Indian Civil Veterinary Department memoirs
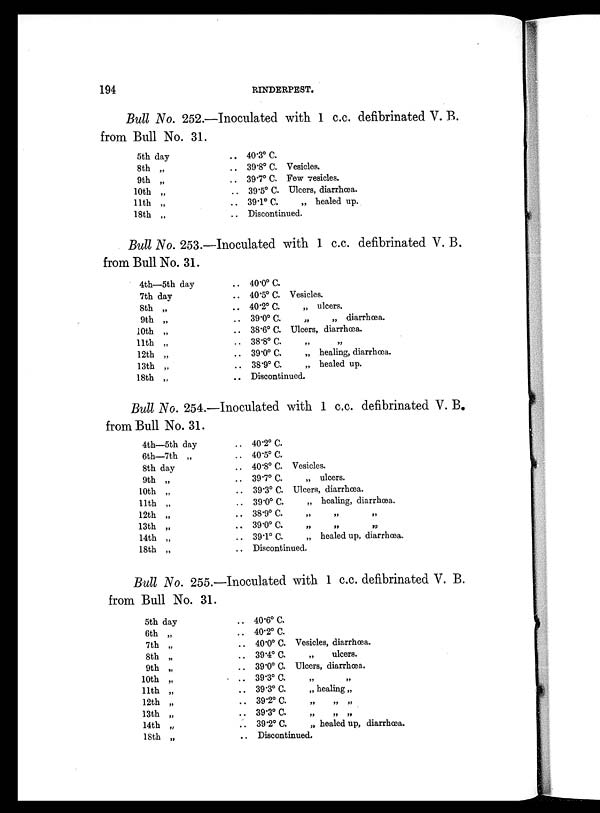
194
RINDERPEST.
Bull No. 252.—Inoculated with 1 c.c. defibrinated V. B.
from Bull No. 31.
5th day
8th „
9th „
10th „
11th „
18th „
.. 40.3º C.
.. 39.8º C. Vesicles.
.. 39.7º C Few vesicles.
.. 39.5º C. Ulcers, diarrhœa.
.. 39.1º C.
„ healed up.
.. Discontinued.
Bull No. 253.—Inoculated with 1 c.c. defibrinated V. B.
from Bull No. 31.
4th—5th day
7th day
8th „
9th „
10th „
11th „
12th „
13th „
18th „
.. 40.0º C.
.. 40.5º C Vesicles.
.. 40.2º C.
„ ulcers.
.. 39.0º
C.
„
„ diarrhœa.
.. 38.6º C. Ulcers, diarrhœa.
.. 38.8º C. „ „
.. 39.0º C.
„ healing, diarrhœa.
.. 38.9º C.
„ healed up.
.. Discontinued.
Bull No. 254.—Inoculated with 1 c.c. defibrinated V. B.
from Bull No. 31.
4th—5th day
6th—7th „
8th day
9th „
10th „
11th „
12th „
13th „
14th „
18th „
.. 40.2º C.
.. 40.5º C.
.. 40.8º C. Vesicles.
.. 39.7º C.
„ ulcers.
.. 39.3º C. Ulcers, diarrhœa.
.. 39.0º C. „ healing, diarrhœa.
.. 38.9º C. „ „ „
.. 39.0 C.
„
„
„
.. 391º C.
„ healed up, diarrhœ
.. Discontinued.
Bull No. 255.—Inoculated with 1 c.c. defibrinated V. B.
from Bull No. 31.
5th day
6th „
7th „
8th „
9th „
10th „
11th „
12th „
13th „
14th „
18th „
.. 40.6º C.
.. 40.2º C.
.. 40.0º C. Vesicles, diarrhœa.
.. 39.4º C.
„
ulcers.
.. 39.0º C. Ulcers, diarrhœa.
.. 39.3º C. „ „
.. 39.3º C.
„ healing„
.. 39.2º C.
„
„ „
..
39.3º
C.
„
„
„
.. 39.2º C.
„ healed up, diarrhœa.
.. Discontinued.